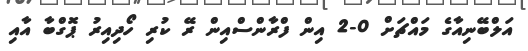
އަލްބޭނިއާގެ މައްޗަށް 0-2 އިން ފްރާންސްއިން ރޭ ކުރި ހޯދިއިރު ޕޮގްބާ އާއި